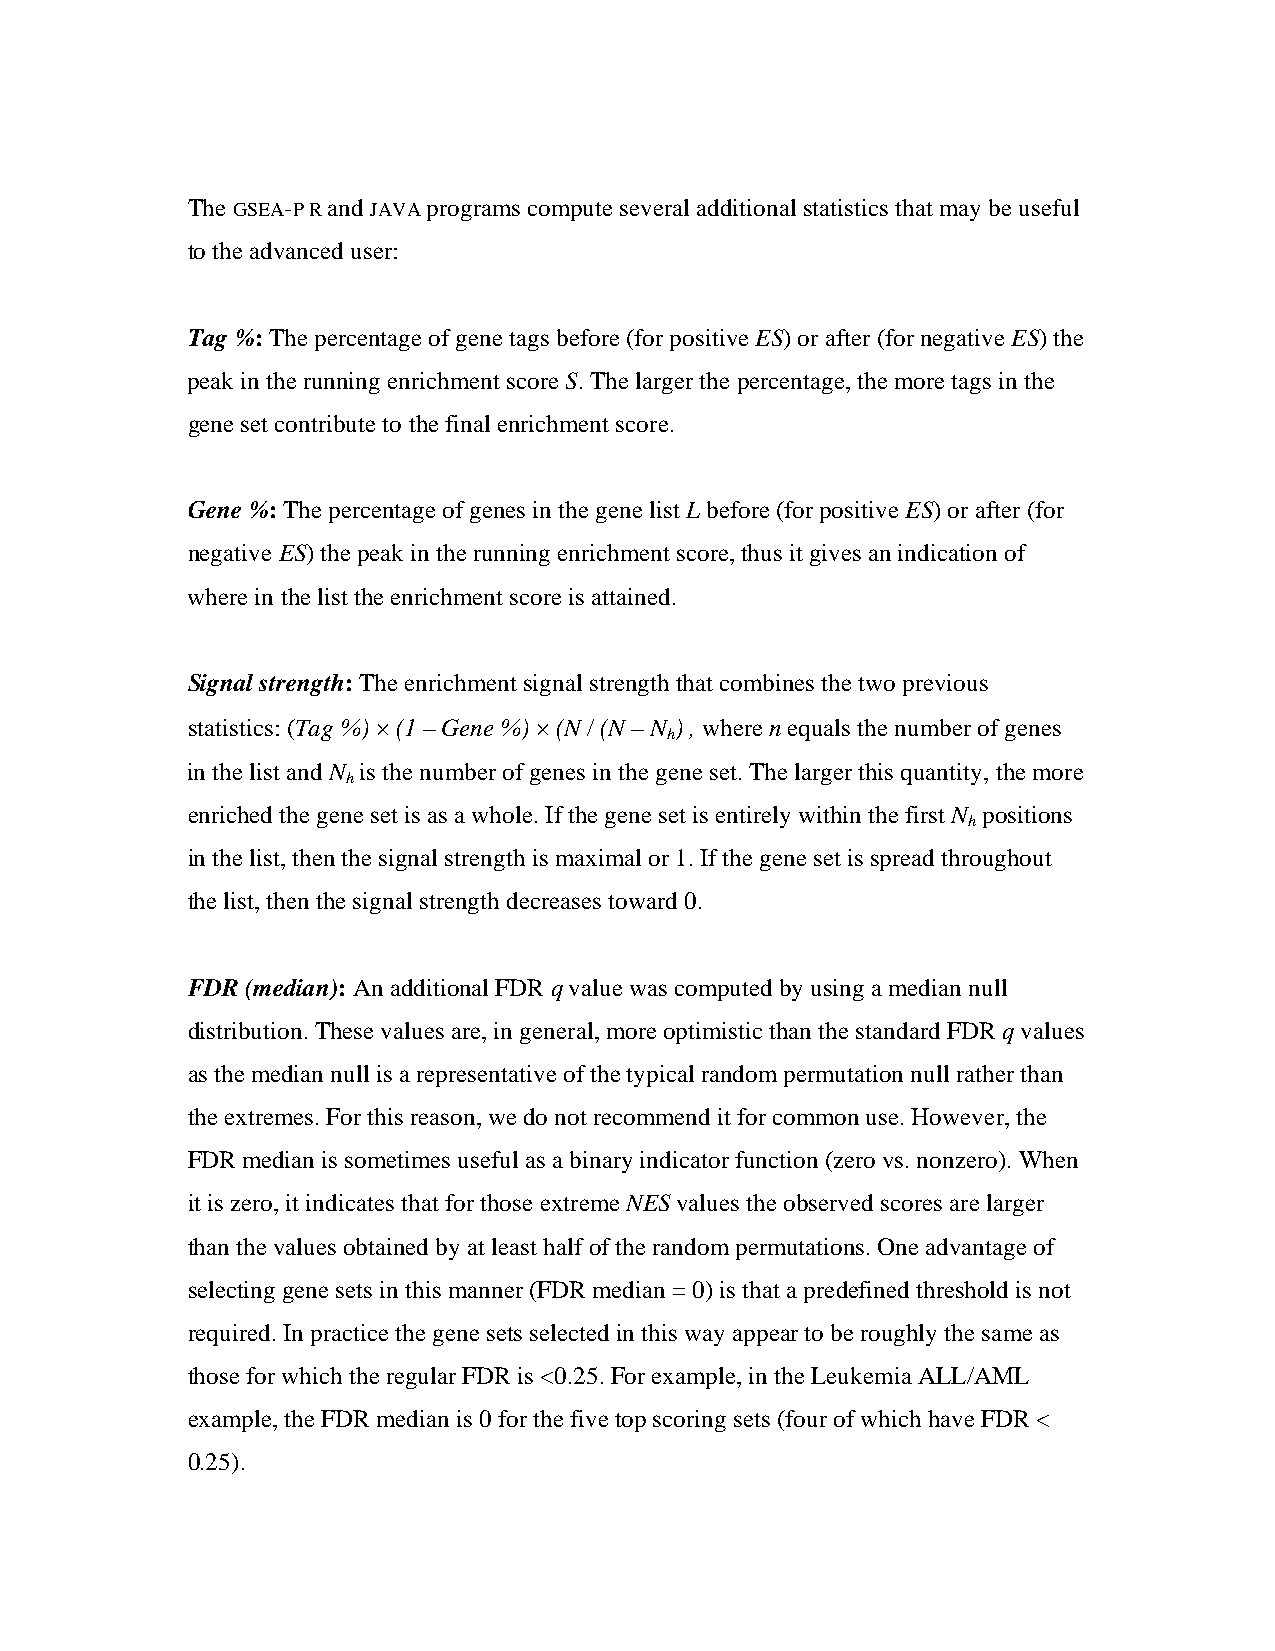
The GSEA-P R and JAVA programs compute several additional statistics that may be useful
 to the advanced user:
 Tag %: The percentage of gene tags before (for positive ES) or after (for negative ES) the
 peak in the running enrichment score S. The larger the percentage, the more tags in the
 gene set contribute to the final enrichment score.
 Gene %: The percentage of genes in the gene list L before (for positive ES) or after (for
 negative ES) the peak in the running enrichment score, thus it gives an indication of
 where in the list the enrichment score is attained.
 Signal strength: The enrichment signal strength that combines the two previous
 statistics: (Tag %) × (1 – Gene %) × (N / (N – N ) , where n equals the number of genes
 h
 in the list and N is the number of genes in the gene set. The larger this quantity, the more
 h
 enriched the gene set is as a whole. If the gene set is entirely within the first N positions
 h
 in the list, then the signal strength is maximal or 1. If the gene set is spread throughout
 the list, then the signal strength decreases toward 0.
 FDR (median): An additional FDR q value was computed by using a median null
 distribution. These values are, in general, more optimistic than the standard FDR q values
 as the median null is a representative of the typical random permutation null rather than
 the extremes. For this reason, we do not recommend it for common use. However, the
 FDR median is sometimes useful as a binary indicator function (zero vs. nonzero). When
 it is zero, it indicates that for those extreme NES values the observed scores are larger
 than the values obtained by at least half of the random permutations. One advantage of
 selecting gene sets in this manner (FDR median = 0) is that a predefined threshold is not
 required. In practice the gene sets selected in this way appear to be roughly the same as
 those for which the regular FDR is <0.25. For example, in the Leukemia ALL/AML
 example, the FDR median is 0 for the five top scoring sets (four of which have FDR <
 0.25).